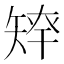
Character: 𥏢